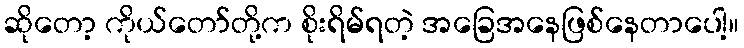
ဆိုတော့ ကိုယ်တော်တို့က စိုးရိမ်ရတဲ့ အခြေအနေဖြစ်နေတာပေါ့။